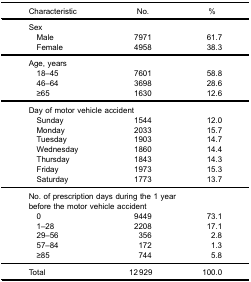
| Characteristic | No. | % |
 | --- | --- | --- |
 | Sex |  |  |
 | Male | 7971 | 61.7 |
 | Female | 4958 | 38.3 |
 | Age, years |  |  |
 | 18–45 | 7601 | 58.8 |
 | 46–64 | 3698 | 28.6 |
 | ≥65 | 1630 | 12.6 |
 | <COLSPAN=3> Day of motor vehicle accident |
 | Sunday | 1544 | 12.0 |
 | Monday | 2033 | 15.7 |
 | Tuesday | 1903 | 14.7 |
 | Wednesday | 1860 | 14.4 |
 | Thursday | 1843 | 14.3 |
 | Friday | 1973 | 15.3 |
 | Saturday | 1773 | 13.7 |
 | <COLSPAN=3> No. of prescription days during the 1 yearbefore the motor vehicle accident |
 | 0 | 9449 | 73.1 |
 | 1–28 | 2208 | 17.1 |
 | 29–56 | 356 | 2.8 |
 | 57–84 | 172 | 1.3 |
 | ≥85 | 744 | 5.8 |
 | Total | 12 929 | 100.0 |